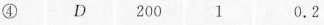
④ D 200 1 0.2